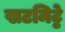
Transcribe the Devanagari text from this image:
खटमिट्ठे